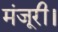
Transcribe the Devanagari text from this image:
मंजूरी।